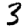
Digit: 3